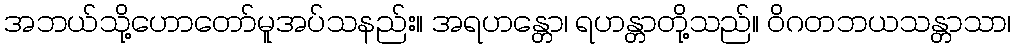
အဘယ်သို့ဟောတော်မူအပ်သနည်း။ အရဟန္တော၊ ရဟန္တာတို့သည်။ ဝိဂတဘယသန္တာသာ၊